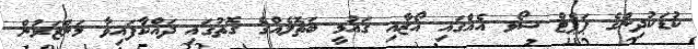
ކުޑަކުދިންގެ ޕަޕެޓް ޝޯވ އެއްގައި އޯޒާއި ޤައުމީ ބަތޮލެއްގެ ގޮތުގައި ދައްކާފައިވާ މަންޒަރުން